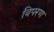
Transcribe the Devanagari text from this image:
विपरण